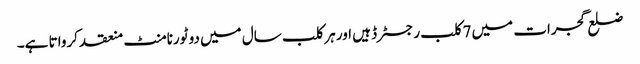
ضلع گجرات میں 7کلب رجسٹرڈ ہیں اور ہر کلب سال میں دو ٹورنامنٹ منعقد کرواتا ہے۔